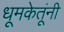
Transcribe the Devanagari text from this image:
धूमकेतूंनी